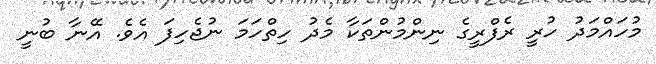
މުހައްމަދު ހުރީ ރެފްރީގެ ނިންމުންތަކާ މެދު ހިތްހަމަ ނުޖެހިފަ އެވެ. އޭނާ ބުނީ